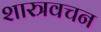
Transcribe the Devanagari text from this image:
शास्त्रवचन